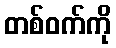
တစ်ဝက်ကို